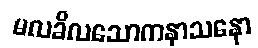
မလခိလသောကနာသနော